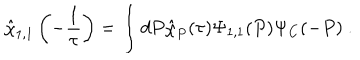
LaTeX: \hat { \chi } _ { 1 , 1 } \left( - \frac { 1 } { \tau } \right) = \int d P \hat { \chi } _ { P } ( \tau ) \Psi _ { 1 , 1 } ( P ) \Psi _ { C } ( - P ) ~ .